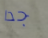
جدا